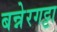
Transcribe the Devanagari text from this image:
बन्नेरगट्टा